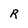
Character: R